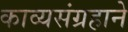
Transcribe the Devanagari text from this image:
काव्यसंग्रहाने